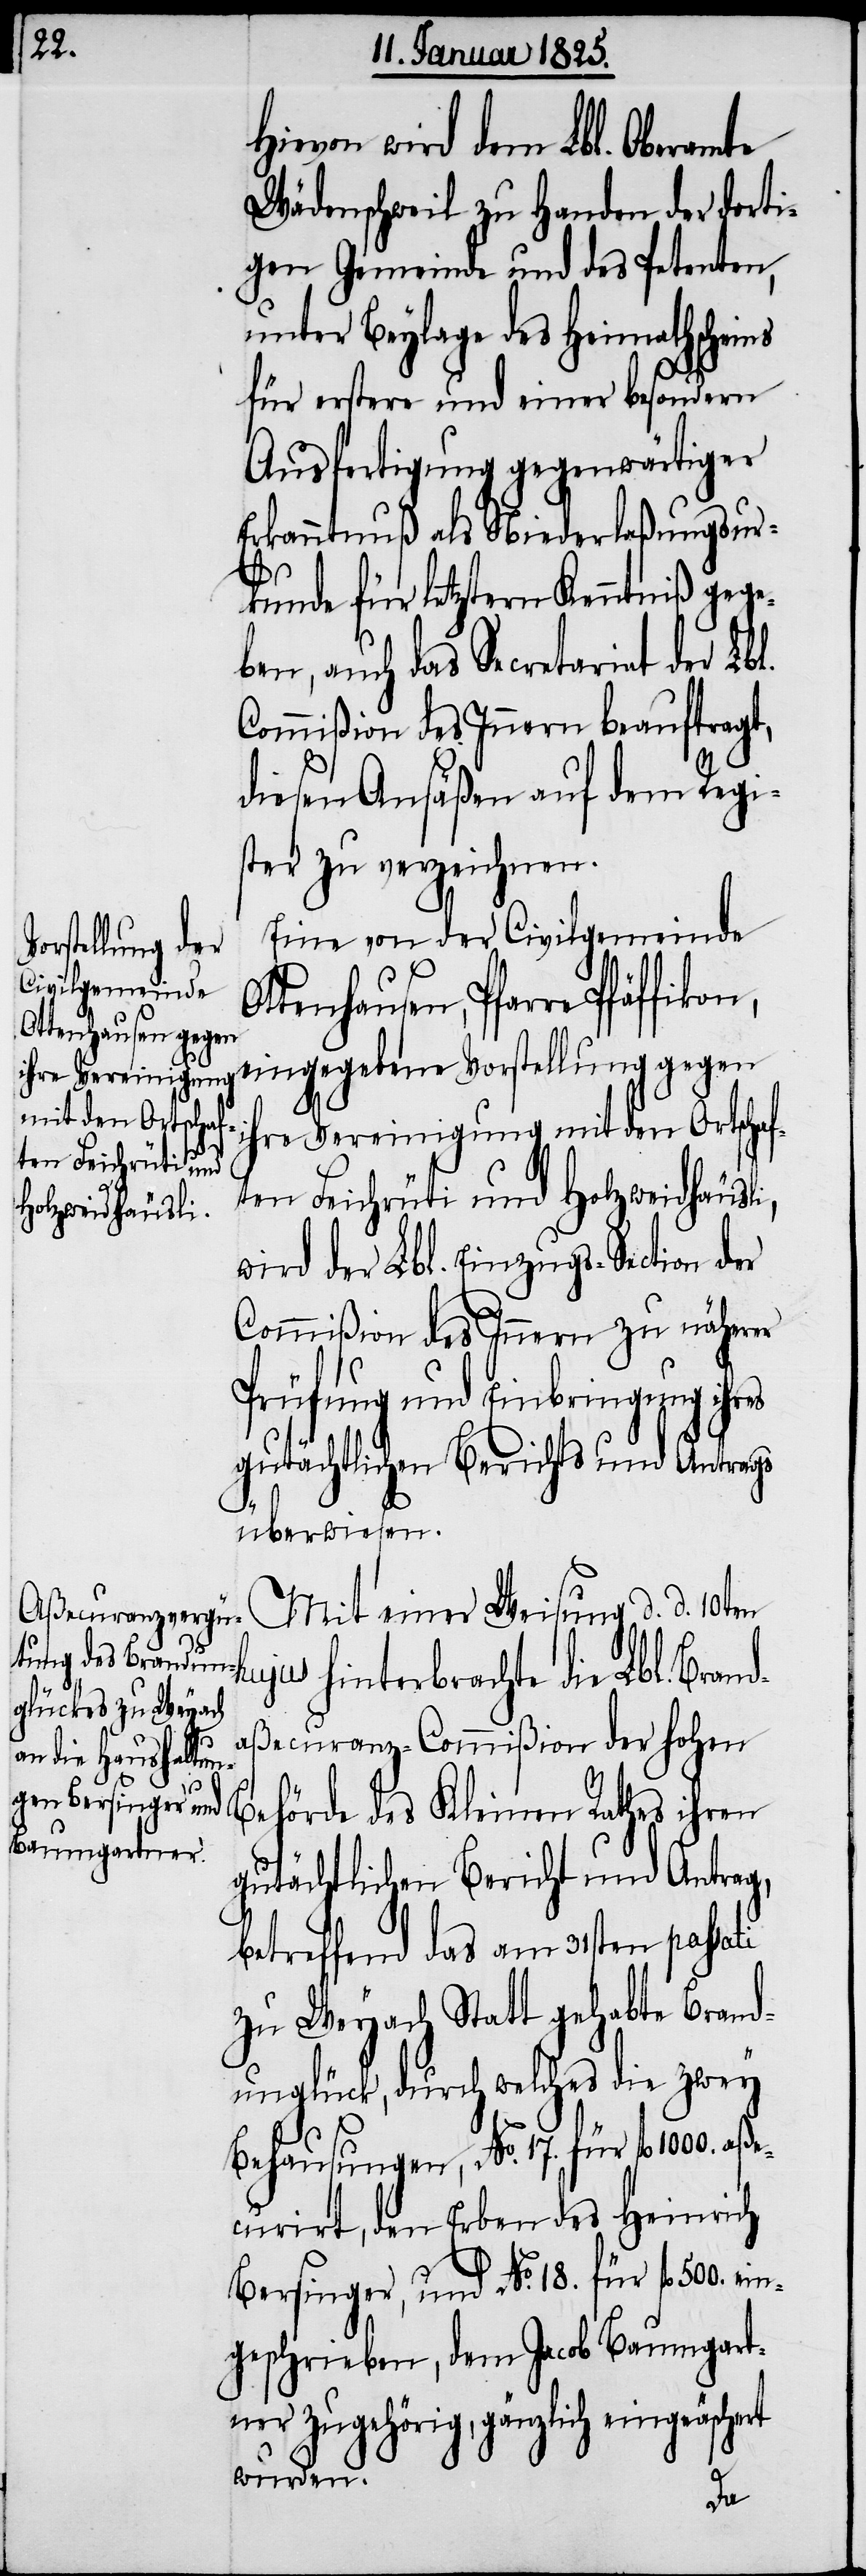
Hievon wird dem Lbl. Oberamte
Wädenschweil zu Handen der dorti¬
gen Gemeinde und des Petenten,
unter Beylage des Heimathscheins
für erstere und einer besondern
Ausfertigung gegenwärtiger
Erkanntnuß als Niederlaßungsur¬
kunde für letztern Kenntniß gege¬
ben, auch das Secretariat der Lbl.
Commißion des Innern beauftragt,
diesen Ansäßen auf dem Regi¬
ster zu verzeichnen.
Eine von der Civilgemeinde
eingegebene Vorstellung gegen
ihre Vereinigung mit den Ortschaf¬
ten Feichrüti und
Holzweidhäusli,
wird der Lbl. Einzugs-Section der
Commißion des Innern zu näherer
Prüfung und Einbringung ihres
gutächtlichen Berichts und Antrags
überwiesen.
Mit einer Weisung d. d. 10ten
hujus hinterbrachte die Lbl. Bran¬
daßecuranz-Commißion der hohen
örde des Kleinen Rathes ihren
gutächtlichen Bericht und Antrag,
betreffend das am 31sten passati
zu Weyach Statt gehabte Brand¬
unglück, durch welches die zwey
Behausungen, No. 17. für fl 1000. aße¬
curirt, den Erben des Heinrich
Bersinger, und No. 18. für fl 500. ei¬
ngeschrieben, dem Jacob Baumgart¬
ner zugehörig, gänzlich eingeäschert
wurden.
Beh¬